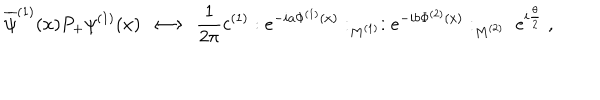
LaTeX: \overline { { { \psi } } } ^ { ( 1 ) } ( x ) P _ { + } \psi ^ { ( 1 ) } ( x ) \; \longleftrightarrow \; \frac { 1 } { 2 \pi } c ^ { ( 1 ) } : e ^ { - i a \Phi ^ { ( 1 ) } ( x ) } : _ { M ^ { ( 1 ) } } : e ^ { - i b \Phi ^ { ( 2 ) } ( x ) } : _ { M ^ { ( 2 ) } } \; e ^ { i \frac { \theta } { 2 } } \; ,